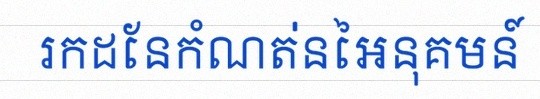
រកដែនកំណត់នៃអនុគមន៍